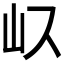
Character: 𭖀